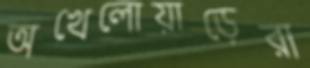
অখেলোয়াড়েরা